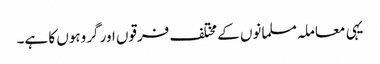
یہی معاملہ مسلمانوں کے مختلف فرقوں اور گروہوں کا ہے۔